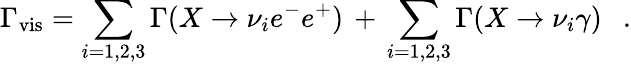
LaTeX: \Gamma_{\mathrm{vis}}=\sum_{i=1,2,3}\Gamma(X\rightarrow\nu_{i}e^{-}e^{+})\, +\, \sum_{i=1,2,3}\Gamma(X\rightarrow\nu_{i}\gamma)\ \ \ .